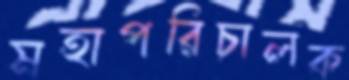
মহাপরিচালক